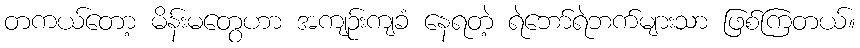
တကယ်တော့ မိန်းမတွေဟာ အကျဉ်းကျခံ နေရတဲ့ ရဲဘော်ရဲဘက်များသာ ဖြစ်ကြတယ်။